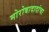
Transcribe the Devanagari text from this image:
मोरोबादादांचा